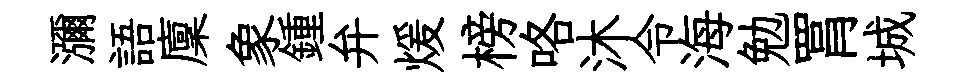
瀰語廩象鍾弁煖榜咯沐令海勉罥城